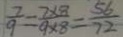
\frac { 7 } { 9 } = \frac { 7 \times 8 } { 9 \times 8 } = \frac { 5 6 } { 7 2 }